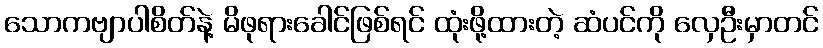
သောကဗျာပါစိတ်နဲ့ မိဖုရားခေါင်ဖြစ်ရင် ထုံးဖို့ထားတဲ့ ဆံပင်ကို လှေဦးမှာတင်